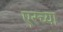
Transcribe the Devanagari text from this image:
एरच्या